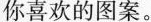
你喜欢的图案。